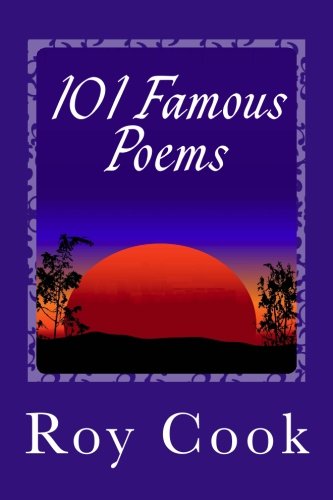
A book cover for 101 Famous Poems; Roy Cook; Literature & Fiction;